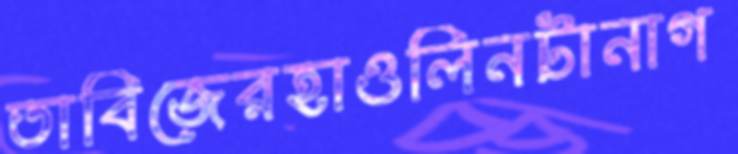
তাবিজেরহাওলিনটানাগ